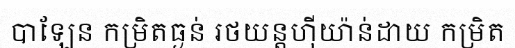
បាឡែន កម្រិតធ្ងន់ រថយន្តហ៊ីយ៉ាន់ដាយ កម្រិត